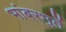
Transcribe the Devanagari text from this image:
भांबरभुतें